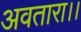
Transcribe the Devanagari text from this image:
अवतारा।।